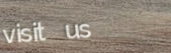
visit us